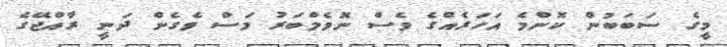
މީގެ ސަބަބުން ކޮންމެ އަހަރެއްގެ ވެސް ނޮވެމްބަރު މަސް ވެގެން ދަނީ ރާއްޖޭގެ